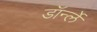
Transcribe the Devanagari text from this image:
डॉर्न्ले